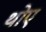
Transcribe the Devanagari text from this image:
थोए